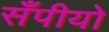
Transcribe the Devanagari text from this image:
सँपीयो